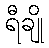
ရီချို